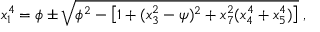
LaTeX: x _ { 1 } ^ { 4 } = \phi \pm \sqrt { \phi ^ { 2 } - \left[ 1 + ( x _ { 3 } ^ { 2 } - \psi ) ^ { 2 } + x _ { 7 } ^ { 2 } ( x _ { 4 } ^ { 4 } + x _ { 5 } ^ { 4 } ) \right] } \; ,